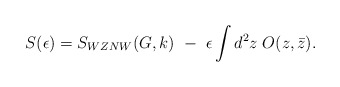
\begin{align*}S(\epsilon)=S_{WZNW}(G,k)~-~\epsilon\int d^2z\;O(z,\bar z).\end{align*}